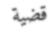
قضية